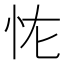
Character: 𭜏